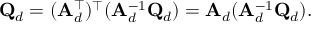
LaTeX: \mathbf { Q } _ { d } = ( \mathbf { A } _ { d } ^ { \top } ) ^ { \top } ( \mathbf { A } _ { d } ^ { - 1 } \mathbf { Q } _ { d } ) = \mathbf { A } _ { d } ( \mathbf { A } _ { d } ^ { - 1 } \mathbf { Q } _ { d } ) .